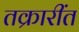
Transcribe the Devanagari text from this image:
तक्रारींत